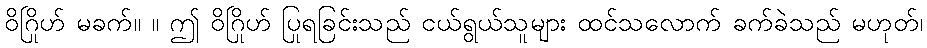
ဝိဂြိုဟ် မခက်။ ။ ဤ ဝိဂြိုဟ် ပြုရခြင်းသည် ငယ်ရွယ်သူများ ထင်သလောက် ခက်ခဲသည် မဟုတ်၊